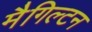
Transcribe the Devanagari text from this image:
मैगिल्टन